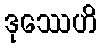
ဒုဿေဟိ